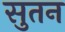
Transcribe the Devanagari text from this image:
सुतन